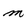
Character: m